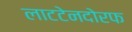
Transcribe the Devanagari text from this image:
लाटटेनदोरफ